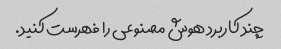
چند کاربرد هوش مصنوعی را فهرست کنید.